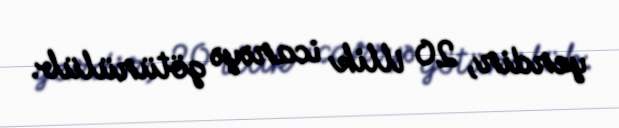
yerdir, 20 illik icarəyə götürülüb.